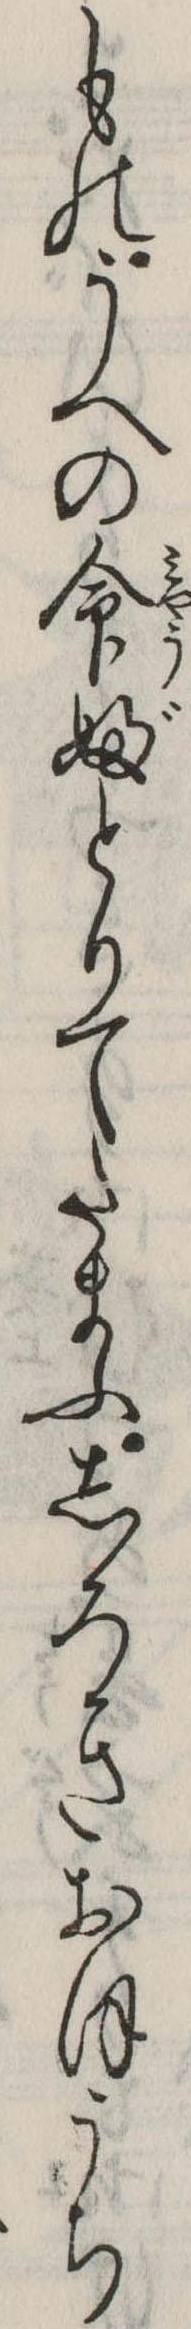
ものうへの命婦とりてたまふしろきおほうち